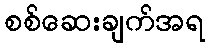
စစ်ဆေးချက်အရ